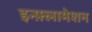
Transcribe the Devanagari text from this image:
इन्फ़्लामेशन